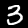
Digit: 3